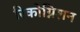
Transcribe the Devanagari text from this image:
रिकोग्निशन